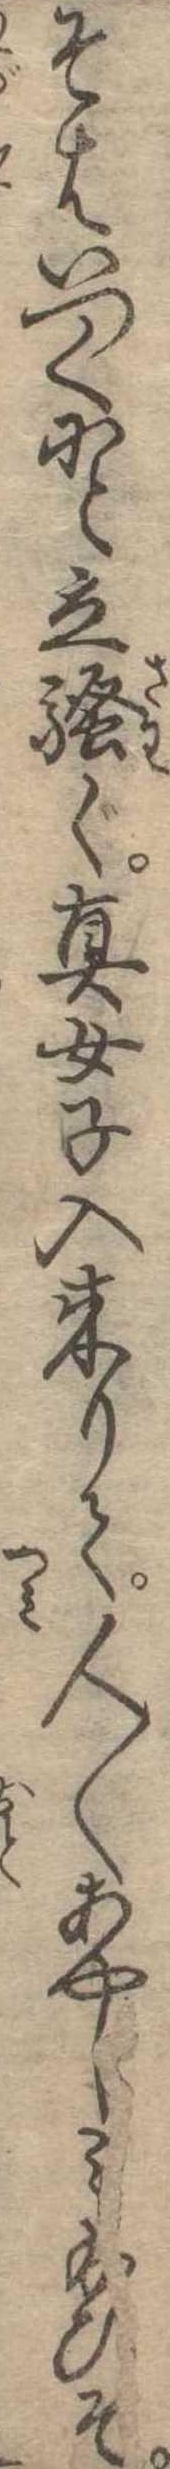
そはいづくにと立騒ぐ真女子入来りて人〱あやしみ給ひそ